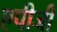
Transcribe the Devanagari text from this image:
एपीजी